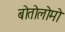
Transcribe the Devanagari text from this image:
बोतोलोमो